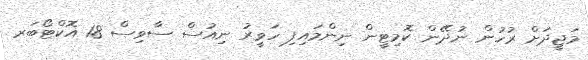
މަޖީދަށް ރުހުން ނުދޭން ކޮމިޓީން ނިންމައިފި ހަވީރު ނިއުސް ސާވިސް 18 އޮކްޓޯބަރ